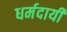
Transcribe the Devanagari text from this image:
धर्मदायी